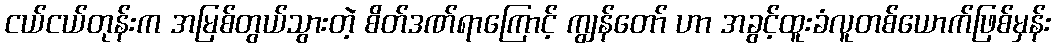
ငယ်ငယ်တုန်းက အမြစ်တွယ်သွားတဲ့ စိတ်ဒဏ်ရာကြောင့် ကျွန်တော် ဟာ အခွင့်ထူးခံလူတစ်ယောက်ဖြစ်မှန်း